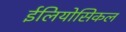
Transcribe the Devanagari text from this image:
ईलियोसिकल